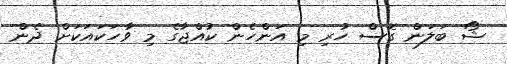
ޝޯ ބަލަން ގޮސް ހުރި މި އަންހެން ކުއްޖާގެ މި ވާހަކައަކަށް ދެން